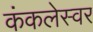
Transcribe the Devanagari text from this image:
कंकलेस्वर